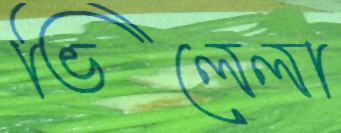
ভিলেলা